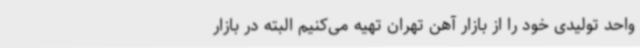
واحد تولیدی خود را از بازار آهن تهران تهیه می‌کنیم البته در بازار